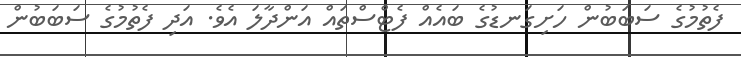
ފެތުމުގެ ސަބަބުން ހަށިގަނޑުގެ ބައެއް ފެޓްސްތައް އަންދާލަ އެވެ. އަދި ފެތުމުގެ ސަބަބުން